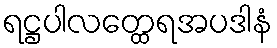
ရဋ္ဌပါလတ္ထေရအပဒါနံ